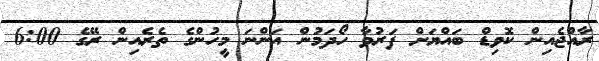
ރާއްޖެއިން ކޮވިޑް ބައްޔަށް ފަރުވާ ހޯދަމުން އަންނަ މީހުންގެ ތެރެއިން ރޭގެ 6:00